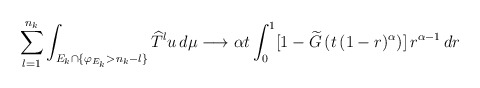
\begin{align*}\sum_{l=1}^{n_{k}}\int_{E_{k}\cap\{\varphi_{E_{k}}>n_{k}-l\}}\widehat{T}^{l}u\,d\mu\longrightarrow\alpha t\int_{0}^{1}[1-\widetilde{G}\left(t\,(1-r)^{\alpha}\right) ]\,r^{\alpha-1}\,dr\end{align*}